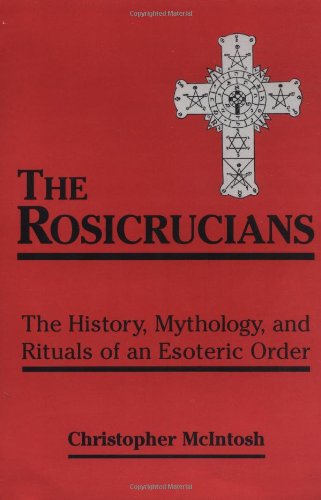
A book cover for The Rosicrucians: The History, Mythology, and Rituals of an Esoteric Order; Christopher McIntosh; Religion & Spirituality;